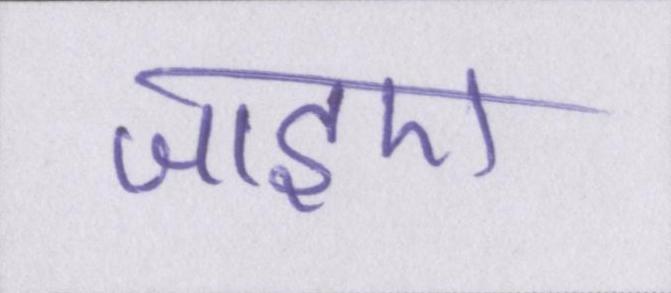
जाइए